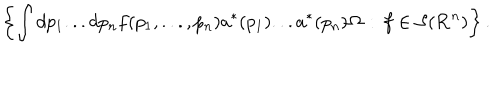
\left\{ \int d p _ { 1 } . . . d p _ { n } f ( p _ { 1 } , . . . , p _ { n } ) a ^ { * } ( p _ { 1 } ) . . . a ^ { * } ( p _ { n } ) \Omega \, : \, f \in { \cal S } ( { \bf R } ^ { n } ) \right\} .